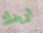
اريدك